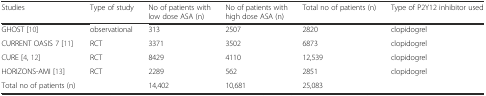
| Studies | Type of study | No of patients with low dose ASA (n) | No of patients with high dose ASA (n) | Total no of patients (n) | Type of P2Y12 inhibitor used |
 | --- | --- | --- | --- | --- | --- |
 | GHOST [10] | observational | 313 | 2507 | 2820 | clopidogrel |
 | CURRENT OASIS 7 [11] | RCT | 3371 | 3502 | 6873 | clopidogrel |
 | CURE [4, 12] | RCT | 8429 | 4110 | 12,539 | clopidogrel |
 | HORIZONS-AMI [13] | RCT | 2289 | 562 | 2851 | clopidogrel |
 | Total no of patients (n) |  | 14,402 | 10,681 | 25,083 |  |